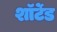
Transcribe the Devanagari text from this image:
शॉर्टेड